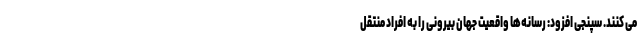
می کنند. سپنجی افزود: رسانه‌ها واقعیت جهان بیرونی را به افراد منتقل